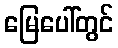
မြေပေါ်တွင်